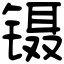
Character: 镊